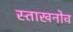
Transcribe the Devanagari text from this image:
स्ताखनोव